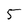
Character: 5